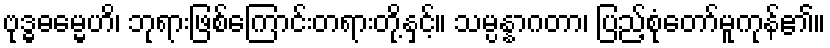
ဗုဒ္ဓဓမ္မေဟိ၊ ဘုရားဖြစ်ကြောင်းတရားတို့နှင့်။ သမ္ပန္နာဂတာ၊ ပြည့်စုံတော်မူကုန်၏။